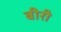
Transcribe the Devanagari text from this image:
बीरी